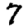
Digit: 7